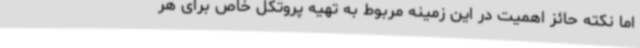
اما نکته حائز اهمیت در این زمینه مربوط به تهیه پروتکل خاص برای هر